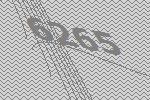
6265